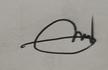
Signature authenticity: genuine